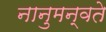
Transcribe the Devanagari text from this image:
नानुमन्वते